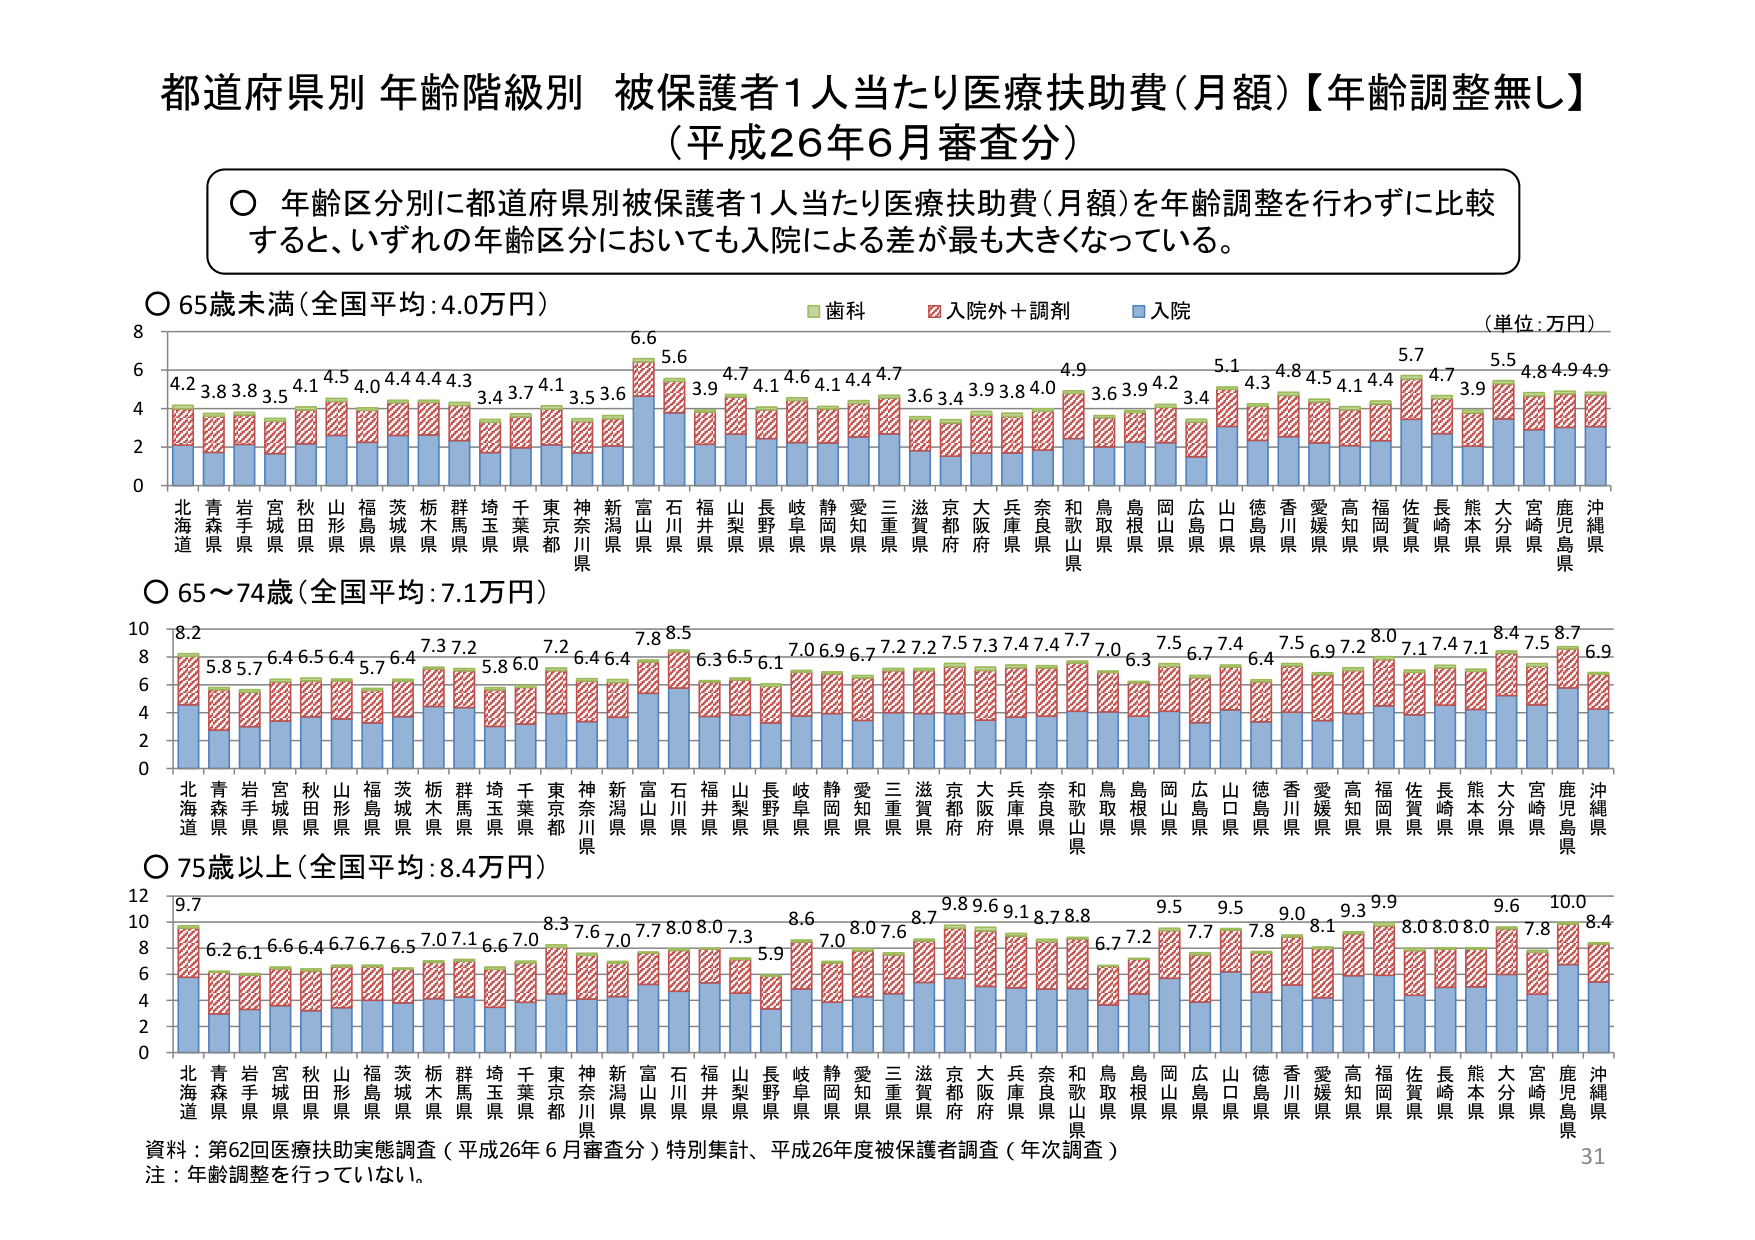
都道府県別 年齢階級別 被保護者1人当たり医療扶助費（月額）【年齢調整無し】
（平成26年6月審査分）

○ 年齢区分別に都道府県別被保護者1人当たり医療扶助費（月額）を年齢調整を行わずに比較すると、いずれの年齢区分においても入院による差が最も大きくなっている。

○ 65歳未満（全国平均：4.0万円）
（単位：万円）
北海道 4.2 3.8 3.8 3.5 4.1 4.5 4.0 4.4 4.4 4.3 3.4 3.7 4.1 3.5 3.6 6.6 5.6 4.7 4.1 4.6 4.1 4.4 4.7 3.6 3.4 3.9 3.8 4.0 4.9 3.6 3.9 4.2 3.4 5.1 4.3 4.8 4.5 4.1 4.4 5.7 4.7 3.9 5.5 4.8 4.9 4.9
青森県
岩手県
宮城県
秋田県
山形県
福島県
茨城県
栃木県
群馬県
埼玉県
千葉県
東京都
神奈川県
新潟県
富山県
石川県
福井県
山梨県
長野県
岐阜県
静岡県
愛知県
三重県
滋賀県
京都府
大阪府
兵庫県
奈良県
和歌山県
鳥取県
島根県
岡山県
広島県
山口県
徳島県
香川県
愛媛県
高知県
福岡県
佐賀県
長崎県
熊本県
大分県
宮崎県
鹿児島県
沖縄県

○ 65～74歳（全国平均：7.1万円）
北海道 8.2 5.8 5.7 6.4 6.5 6.4 5.7 6.4 7.3 7.2 5.8 6.0 7.2 6.4 6.4 7.8 8.5 6.3 6.5 6.1 7.0 6.9 6.7 7.2 7.2 7.5 7.3 7.4 7.4 7.7 7.0 6.3 7.5 6.7 7.4 6.4 7.5 6.9 7.2 8.0 7.1 7.4 7.1 8.4 7.5 8.7 6.9
青森県
岩手県
宮城県
秋田県
山形県
福島県
茨城県
栃木県
群馬県
埼玉県
千葉県
東京都
神奈川県
新潟県
富山県
石川県
福井県
山梨県
長野県
岐阜県
静岡県
愛知県
三重県
滋賀県
京都府
大阪府
兵庫県
奈良県
和歌山県
鳥取県
島根県
岡山県
広島県
山口県
徳島県
香川県
愛媛県
高知県
福岡県
佐賀県
長崎県
熊本県
大分県
宮崎県
鹿児島県
沖縄県

○ 75歳以上（全国平均：8.4万円）
北海道 9.7 6.2 6.1 6.6 6.4 6.7 6.7 6.5 7.0 7.1 6.6 7.0 8.3 7.6 7.0 7.7 8.0 8.0 7.3 5.9 8.6 7.0 8.0 7.6 8.7 9.8 9.6 9.1 8.7 8.8 6.7 7.2 9.5 7.7 9.5 7.8 9.0 8.1 9.3 9.9 8.0 8.0 8.0 9.6 7.8 10.0 8.4
青森県
岩手県
宮城県
秋田県
山形県
福島県
茨城県
栃木県
群馬県
埼玉県
千葉県
東京都
神奈川県
新潟県
富山県
石川県
福井県
山梨県
長野県
岐阜県
静岡県
愛知県
三重県
滋賀県
京都府
大阪府
兵庫県
奈良県
和歌山県
鳥取県
島根県
岡山県
広島県
山口県
徳島県
香川県
愛媛県
高知県
福岡県
佐賀県
長崎県
熊本県
大分県
宮崎県
鹿児島県
沖縄県

資料：第62回医療扶助実態調査（平成26年6月審査分）特別集計、平成26年度被保護者調査（年次調査）
注：年齢調整を行っていない。
31

歯科
入院外＋調剤
入院